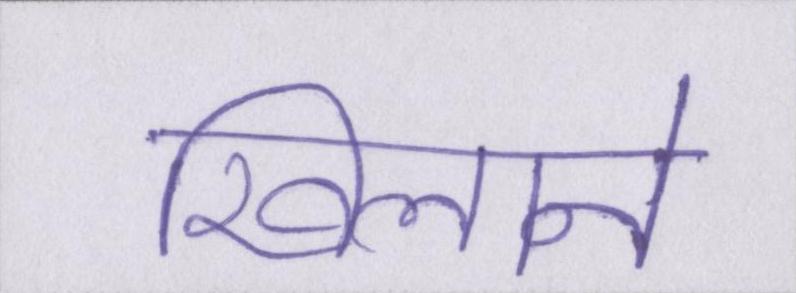
खिलाने